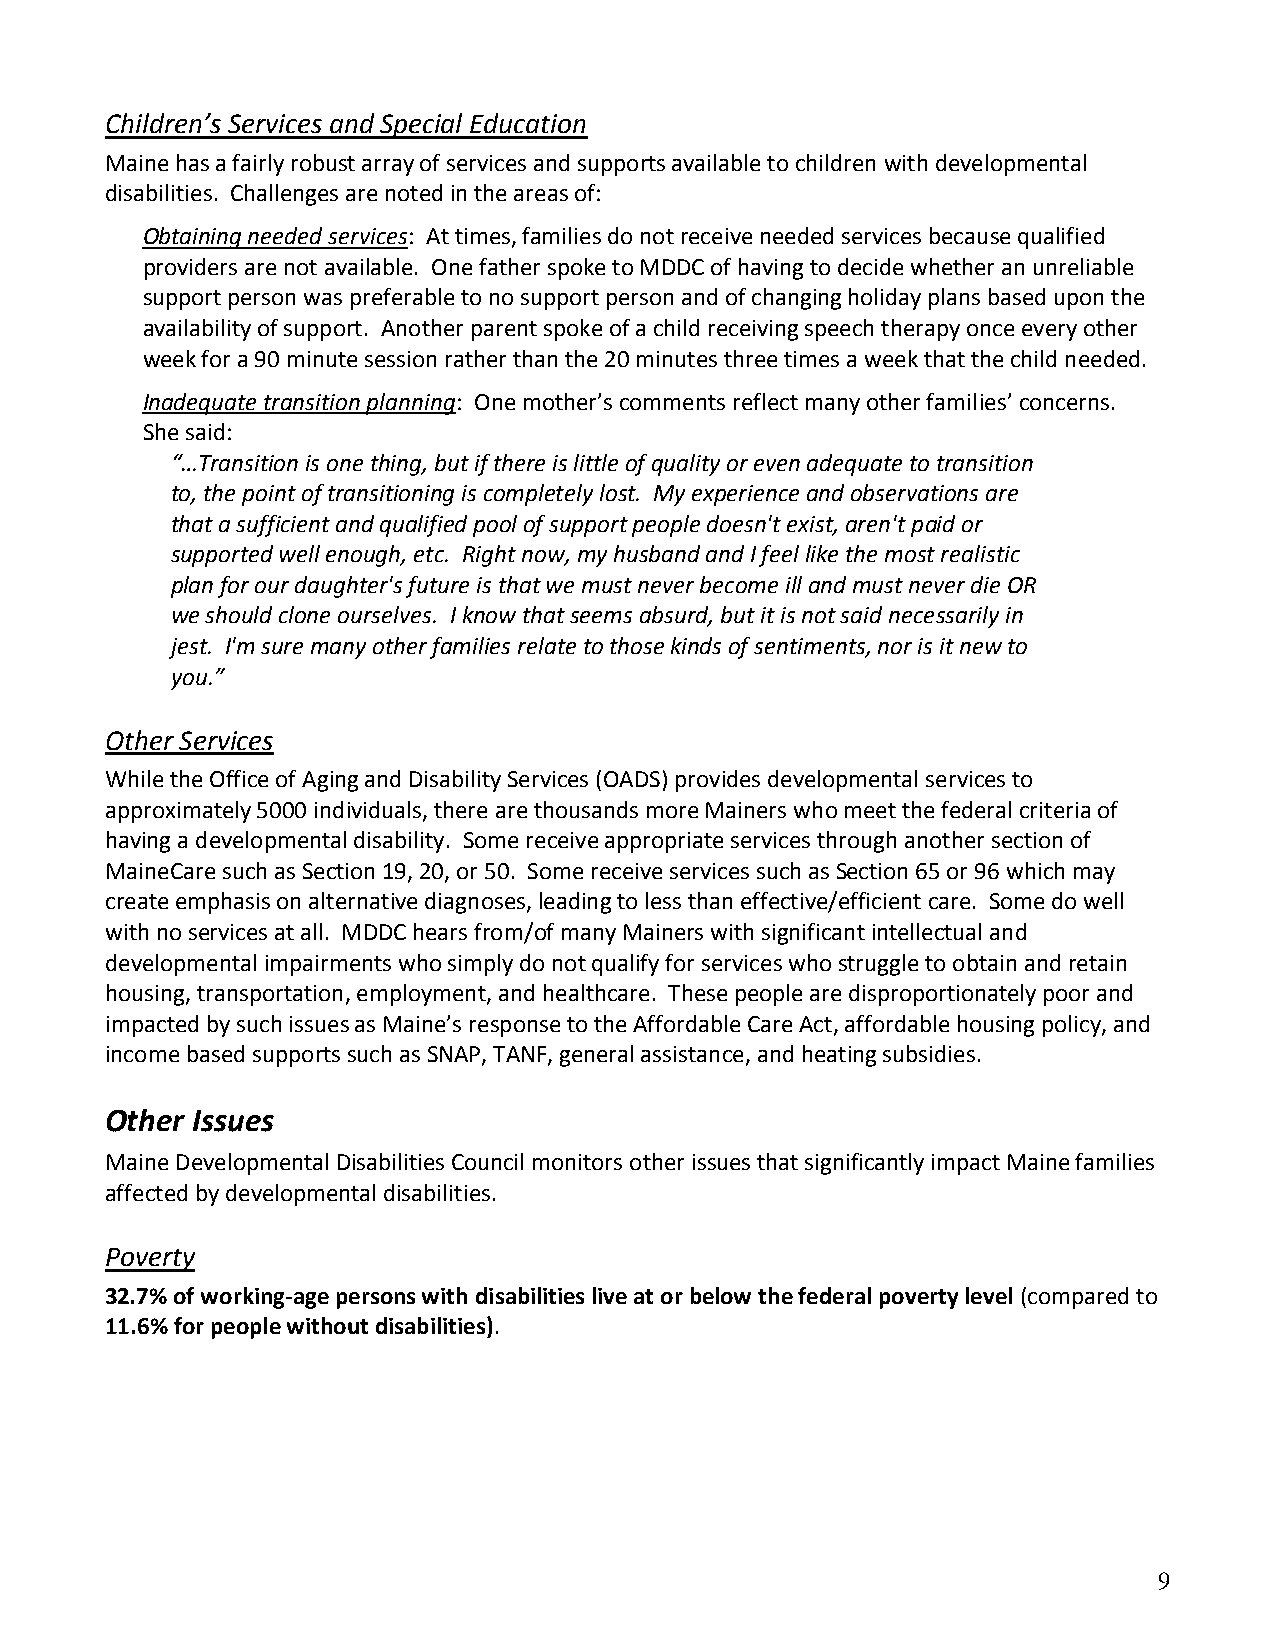
Children’s Services and Special Education
 Maine has a fairly robust array of services and supports available to children with developmental
 disabilities. Challenges are noted in the areas of:
 Obtaining needed services: At times, families do not receive needed services because qualified
 providers are not available. One father spoke to MDDC of having to decide whether an unreliable
 support person was preferable to no support person and of changing holiday plans based upon the
 availability of support. Another parent spoke of a child receiving speech therapy once every other
 week for a 90 minute session rather than the 20 minutes three times a week that the child needed.
 Inadequate transition planning: One mother’s comments reflect many other families’ concerns.
 She said:
 “…Transition is one thing, but if there is little of quality or even adequate to transition
 to, the point of transitioning is completely lost. My experience and observations are
 that a sufficient and qualified pool of support people doesn't exist, aren't paid or
 supported well enough, etc. Right now, my husband and I feel like the most realistic
 plan for our daughter's future is that we must never become ill and must never die OR
 we should clone ourselves. I know that seems absurd, but it is not said necessarily in
 jest. I'm sure many other families relate to those kinds of sentiments, nor is it new to
 you.”
 Other Services
 While the Office of Aging and Disability Services (OADS) provides developmental services to
 approximately 5000 individuals, there are thousands more Mainers who meet the federal criteria of
 having a developmental disability. Some receive appropriate services through another section of
 MaineCare such as Section 19, 20, or 50. Some receive services such as Section 65 or 96 which may
 create emphasis on alternative diagnoses, leading to less than effective/efficient care. Some do well
 with no services at all. MDDC hears from/of many Mainers with significant intellectual and
 developmental impairments who simply do not qualify for services who struggle to obtain and retain
 housing, transportation, employment, and healthcare. These people are disproportionately poor and
 impacted by such issues as Maine’s response to the Affordable Care Act, affordable housing policy, and
 income based supports such as SNAP, TANF, general assistance, and heating subsidies.
 Other Issues
 Maine Developmental Disabilities Council monitors other issues that significantly impact Maine families
 affected by developmental disabilities.
 Poverty
 32.7% of working-age persons with disabilities live at or below the federal poverty level (compared to
 11.6% for people without disabilities).
 9